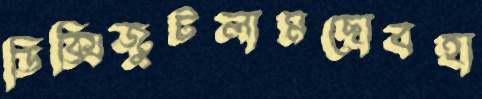
ডিক্সিজুটলামছোবহা